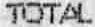
TOTAL